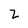
Character: 2